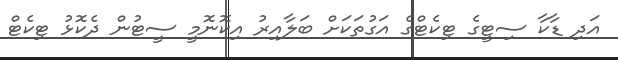
އަދި ޑާކާ ސިޓީގެ ޓިކެޓްގެ އަގުތަކަށް ބަލާއިރު އިކޮނޮމީ ސީޓުން ދެކޮޅު ޓިކެޓް